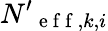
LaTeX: N{'}_{\mathrm{~e~f~f~},k,i}